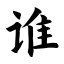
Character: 谁